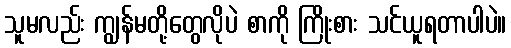
သူမလည်း ကျွန်မတို့တွေလိုပဲ စာကို ကြိုးစား သင်ယူရတာပါပဲ။